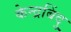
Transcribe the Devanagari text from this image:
केन्द्रबिंदु